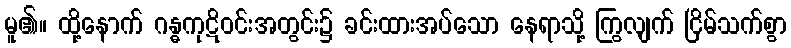
မူ၏။ ထို့နောက် ဂန္ဓကုဋိဝင်းအတွင်း၌ ခင်းထားအပ်သော နေရာသို့ ကြွလျက် ငြိမ်သက်စွာ